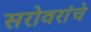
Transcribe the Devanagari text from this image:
सरोवरांचे